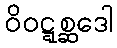
ဝိဝဋ္ဋစ္ဆဒေါ